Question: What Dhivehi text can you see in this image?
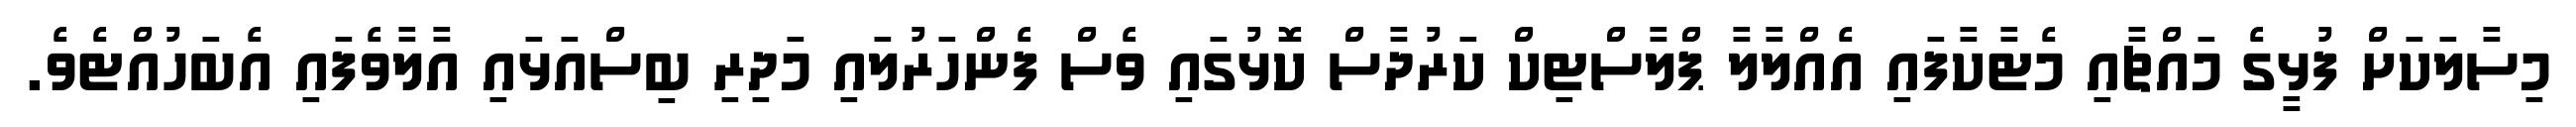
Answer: މިސާލަކަށް ފުޅީގެ މައްޗާއި މެޓާކާފައި އެއްލާލާ ޕްލާސްޓިކް ކަރުދާސް ކޮޅުގައި ވެސް ފެންހަރުލައި މަދިރި ބިސްއަޅައި އާލާވެފައި އެބަހުއްޓެވެ.